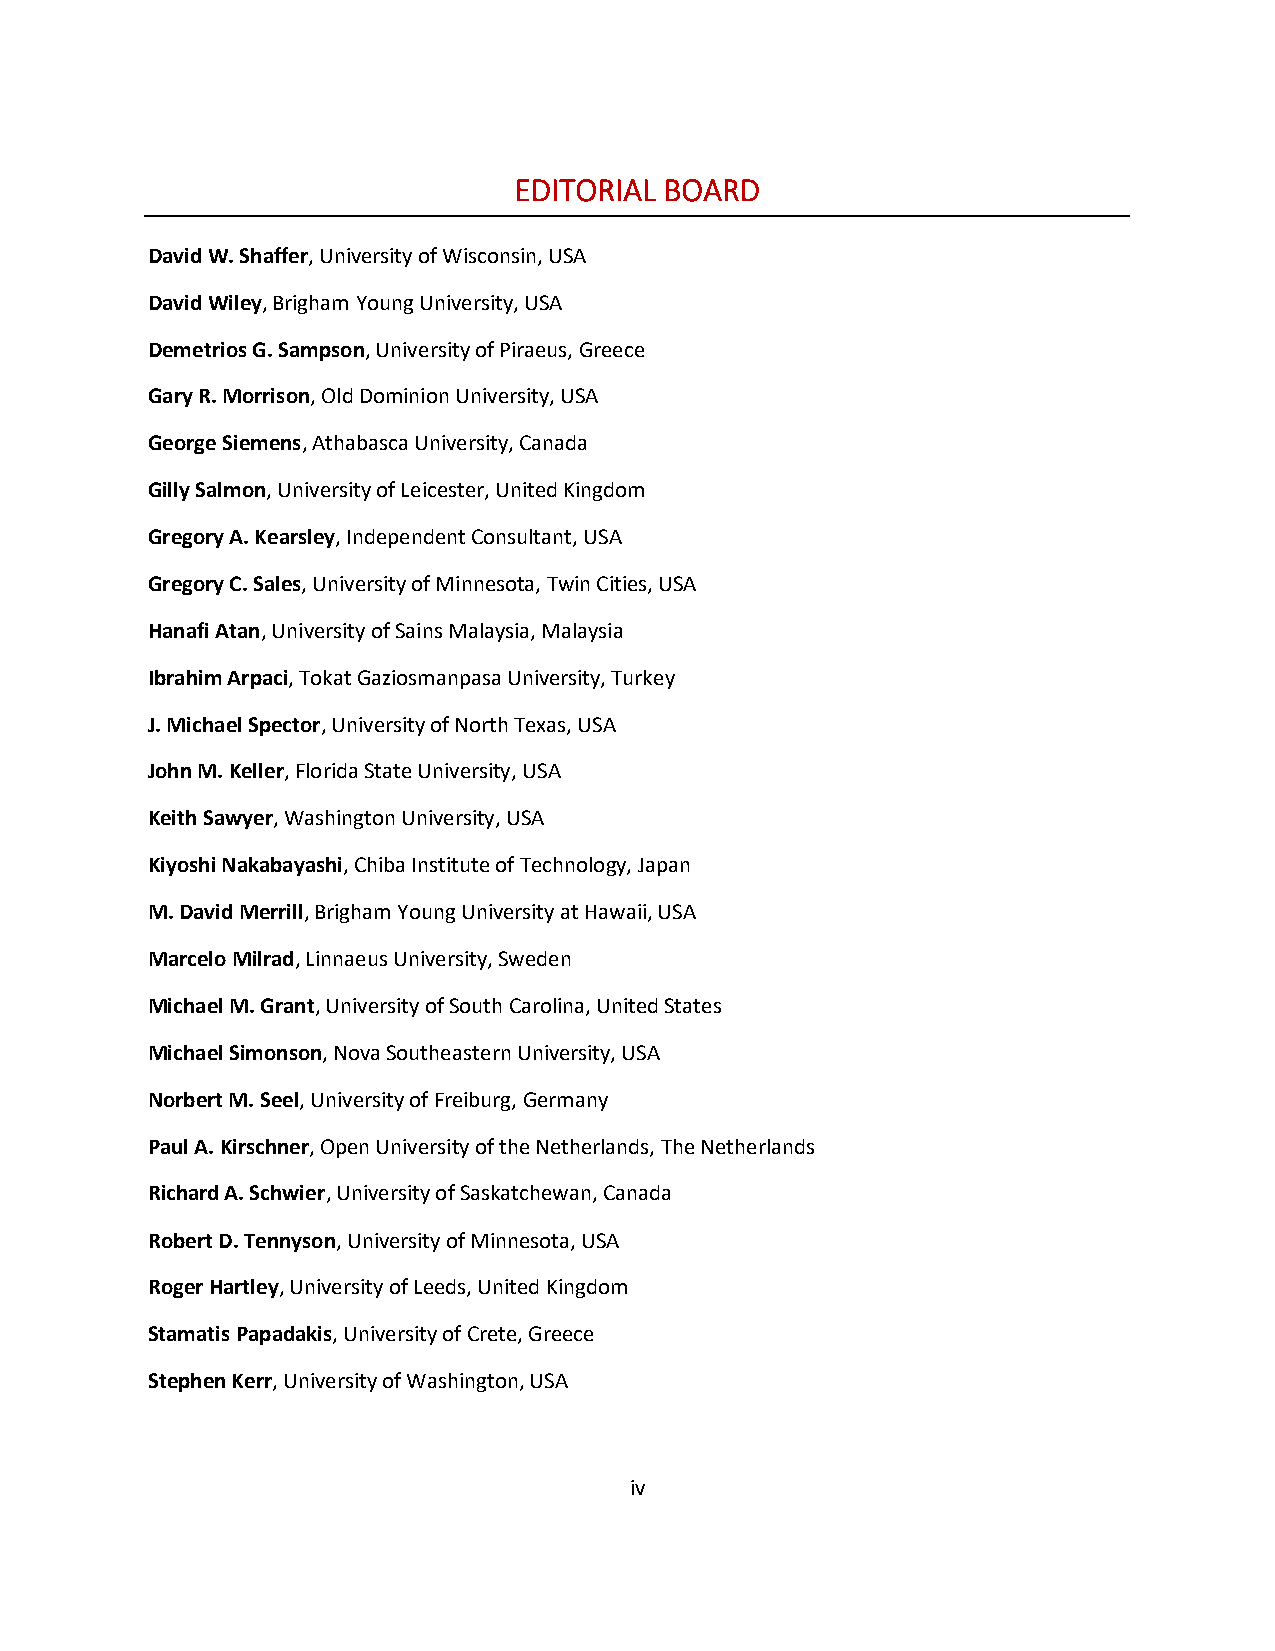
EDITORIAL BOARD
 David W. Shaffer, University of Wisconsin, USA
 David Wiley, Brigham Young University, USA
 Demetrios G. Sampson, University of Piraeus, Greece
 Gary R. Morrison, Old Dominion University, USA
 George Siemens, Athabasca University, Canada
 Gilly Salmon, University of Leicester, United Kingdom
 Gregory A. Kearsley, Independent Consultant, USA
 Gregory C. Sales, University of Minnesota, Twin Cities, USA
 Hanafi Atan, University of Sains Malaysia, Malaysia
 Ibrahim Arpaci, Tokat Gaziosmanpasa University, Turkey
 J. Michael Spector, University of North Texas, USA
 John M. Keller, Florida State University, USA
 Keith Sawyer, Washington University, USA
 Kiyoshi Nakabayashi, Chiba Institute of Technology, Japan
 M. David Merrill, Brigham Young University at Hawaii, USA
 Marcelo Milrad, Linnaeus University, Sweden
 Michael M. Grant, University of South Carolina, United States
 Michael Simonson, Nova Southeastern University, USA
 Norbert M. Seel, University of Freiburg, Germany
 Paul A. Kirschner, Open University of the Netherlands, The Netherlands
 Richard A. Schwier, University of Saskatchewan, Canada
 Robert D. Tennyson, University of Minnesota, USA
 Roger Hartley, University of Leeds, United Kingdom
 Stamatis Papadakis, University of Crete, Greece
 Stephen Kerr, University of Washington, USA
 iv